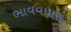
ભાવવધારા